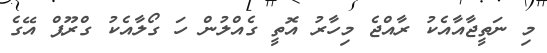
މި ނަތީޖާއާއެކު ރާއްޖެ މިހާރު އޮތީ ގެއްލުން ހަ ގޯލާއެކު ގްރޫޕް އޭގެ